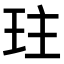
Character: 𤤛